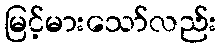
မြင့်မားသော်လည်း